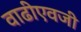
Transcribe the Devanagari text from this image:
वाढीएवजी